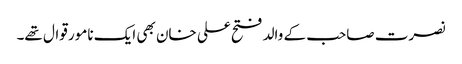
نصرت صاحب کے والد فتح علی خان بھی ایک نامور قوال تھے۔